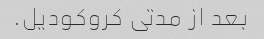
بعد از مدتی کروکودیل.